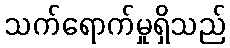
သက်ရောက်မှုရှိသည်